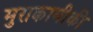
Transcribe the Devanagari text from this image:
मुराकामीकी